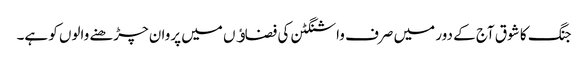
جنگ کا شوق آج کے دور میں صرف واشنگٹن کی فضاﺅں میں پروان چڑھنے والوں کو ہے۔